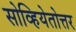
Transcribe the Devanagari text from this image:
सोव्हियेतोत्तर